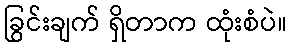
ခြွင်းချက် ရှိတာက ထုံးစံပဲ။